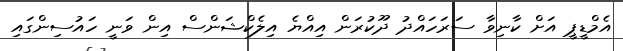
އެމްޑީޕީ އަށް ކާނިވާ ސަރަހައްދު ދޫކުރަން އިއްޔެ އިލެކްޝަންސް އިން ވަނީ ހައުސިންގައި